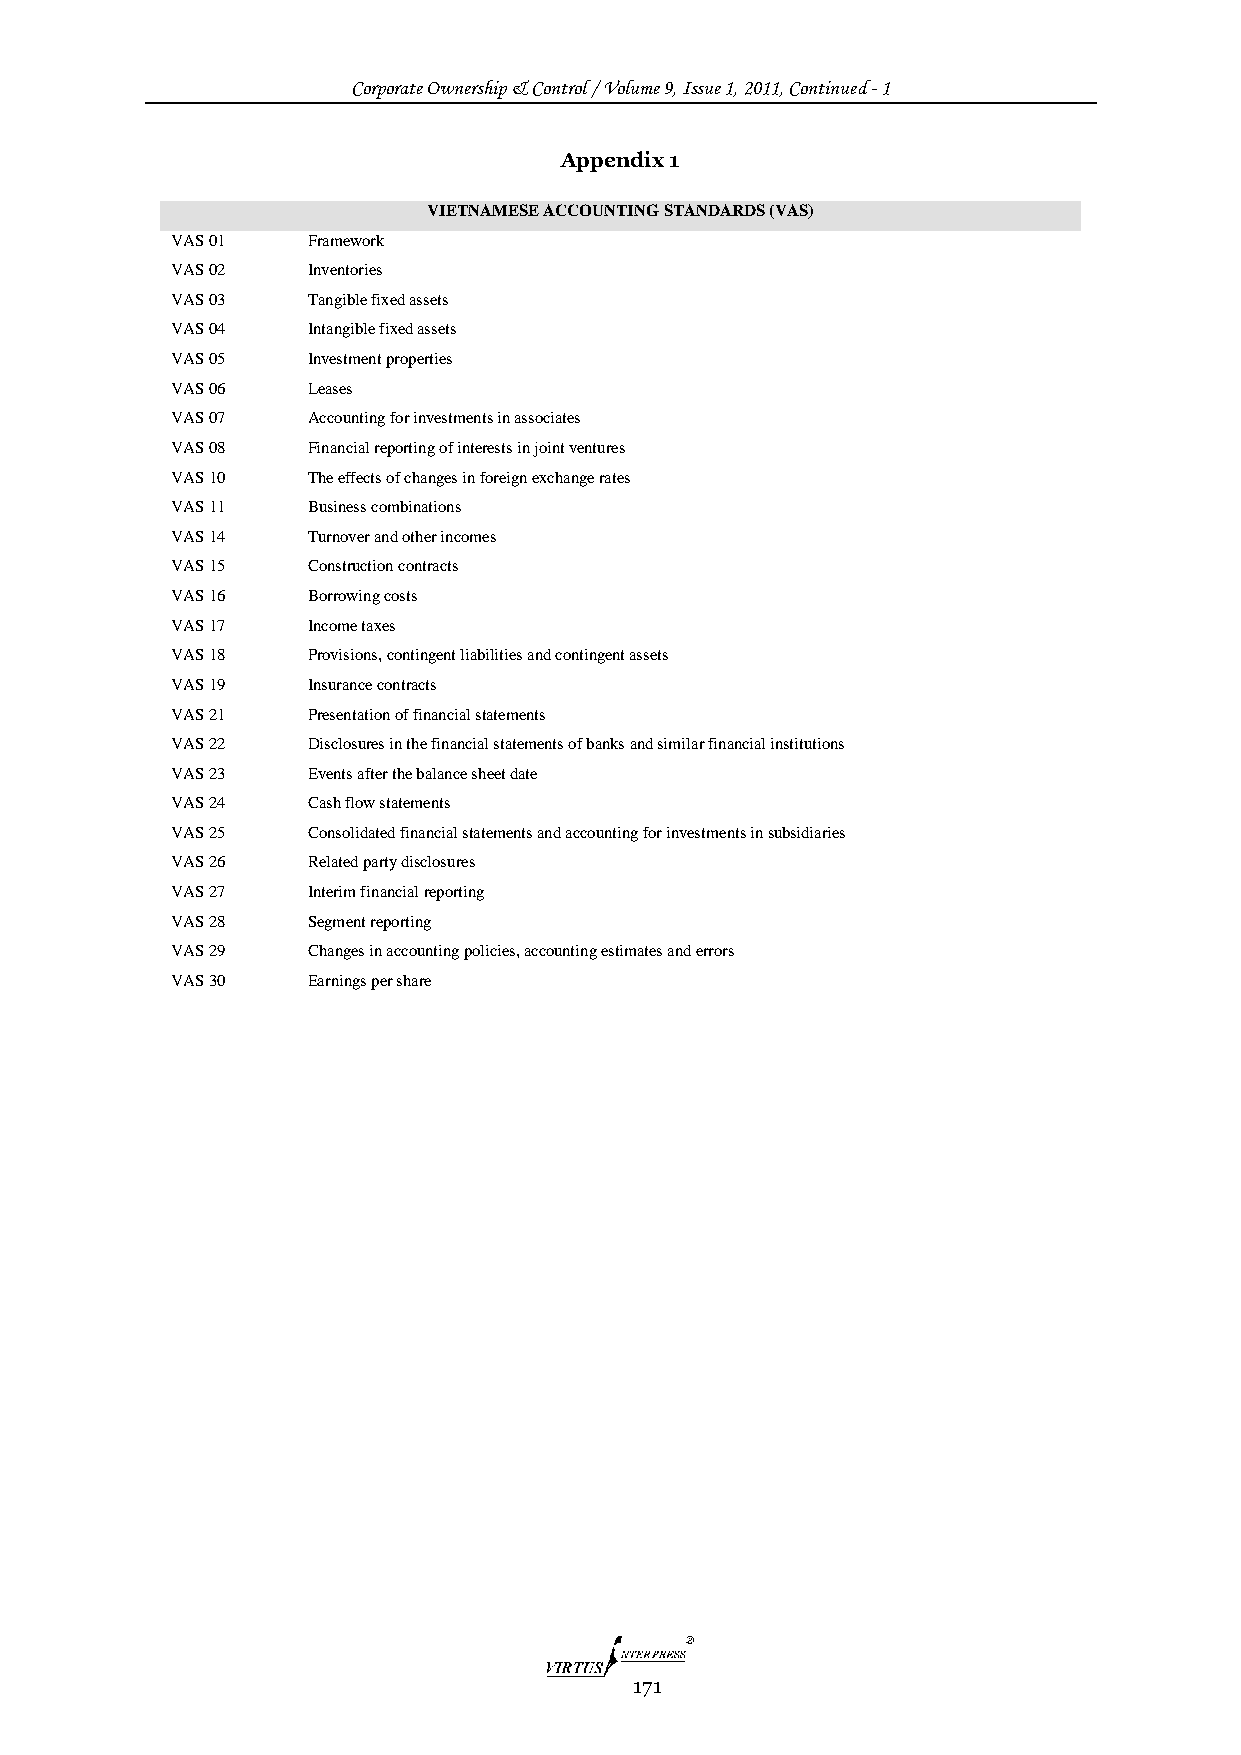
Corporate Ownership & Control / Volume 9, Issue 1, 2011, Continued - 1
 Appendix 1
 VIETNAMESE ACCOUNTING STANDARDS (VAS)
 VAS 01   Framework
 VAS 02   Inventories
 VAS 03   Tangible fixed assets
 VAS 04   Intangible fixed assets
 VAS 05   Investment properties
 VAS 06   Leases
 VAS 07   Accounting for investments in associates
 VAS 08   Financial reporting of interests in joint ventures
 VAS 10   The effects of changes in foreign exchange rates
 VAS 11   Business combinations
 VAS 14   Turnover and other incomes
 VAS 15   Construction contracts
 VAS 16   Borrowing costs
 VAS 17   Income taxes
 VAS 18   Provisions, contingent liabilities and contingent assets
 VAS 19   Insurance contracts
 VAS 21   Presentation of financial statements
 VAS 22   Disclosures in the financial statements of banks and similar financial institutions
 VAS 23   Events after the balance sheet date
 VAS 24   Cash flow statements
 VAS 25   Consolidated financial statements and accounting for investments in subsidiaries
 VAS 26   Related party disclosures
 VAS 27   Interim financial reporting
 VAS 28   Segment reporting
 VAS 29   Changes in accounting policies, accounting estimates and errors
 VAS 30   Earnings per share
 171